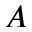
A